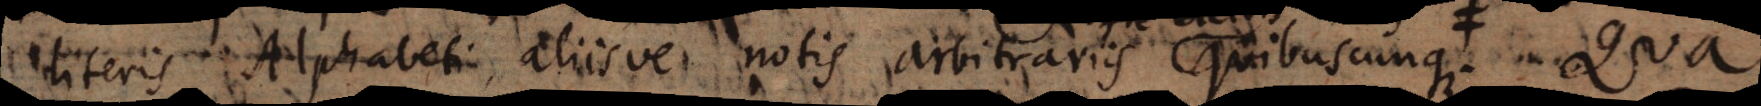
iteris Alphabeti, aliisve notis arbitrariis quibuscunque, quas